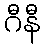
ဂီနီ